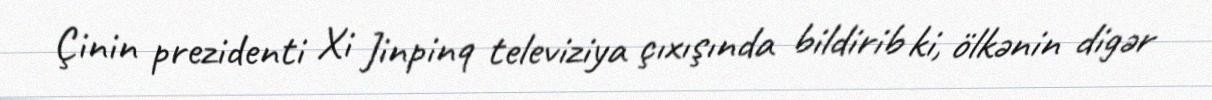
Çinin prezidenti Xi Jinpinq televiziya çıxışında bildirib ki, ölkənin digər